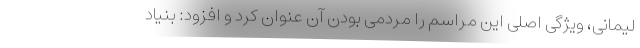
لیمانی، ویژگی اصلی این مراسم را مردمی بودن آن عنوان کرد و افزود: بنیاد